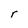
Character: r